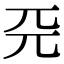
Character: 𠀘